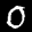
Label: 0